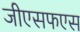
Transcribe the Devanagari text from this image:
जीएसफएस